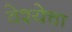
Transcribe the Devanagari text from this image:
वेश्येचा